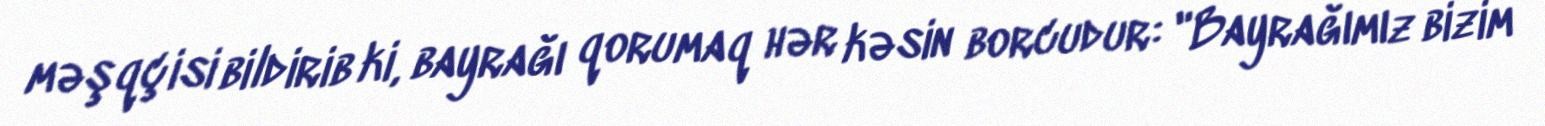
məşqçisi bildirib ki, bayrağı qorumaq hər kəsin borcudur: "Bayrağımız bizim